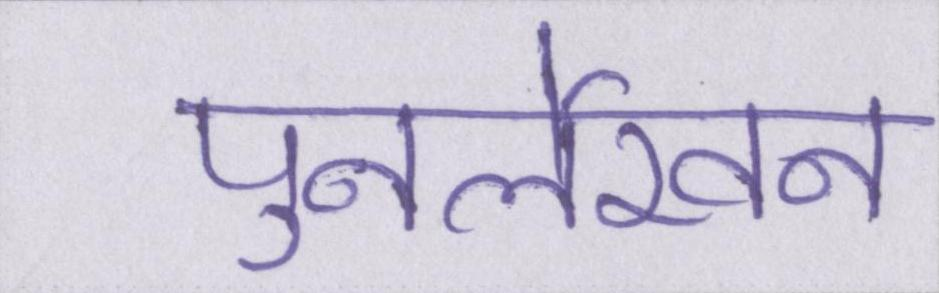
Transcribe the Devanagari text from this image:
पुनर्लेखन